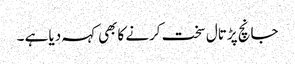
جانچ پڑتال سخت کرنے کابھی کہہ دیا ہے ۔